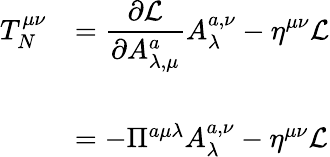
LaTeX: \begin{array}{ll}{{T_{N}^{\mu\nu}}}&{{=\displaystyle{\frac{\partial{\cal L}}{\partial A_{\lambda,\mu}^{a}}A_{\lambda}^{a,\nu}-\eta^{\mu\nu}{\cal L}}}}\\ {{{}}}&{{{}}}\\ {{{}}}&{{=-\Pi^{a\mu\lambda}A_{\lambda}^{a,\nu}-\eta^{\mu\nu}{\cal L}}}\end{array}